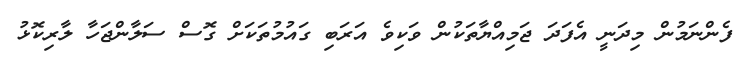
ފެންނަމުން މިދަނީ އެފަދަ ޖަމިއްޔާތަކުން ވަކިވެ އަރަބި ގައުމުތަކަށް ގޮސް ސަލާންޖަހާ ލާރިކޮޅު